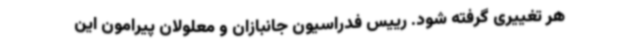
هر تغییری گرفته شود. رییس فدراسیون جانبازان و معلولان پیرامون این